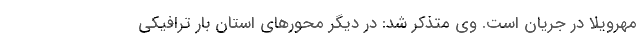
مهرویلا در جریان است. وی متذکر شد: در دیگر محورهای استان بار ترافیکی